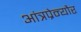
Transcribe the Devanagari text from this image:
आंत्रप्रेन्यौर